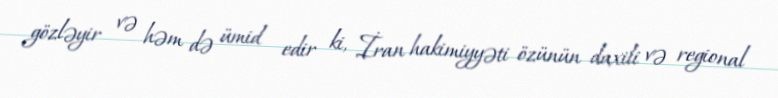
gözləyir və həm də ümid edir ki, İran hakimiyyəti özünün daxili və regional